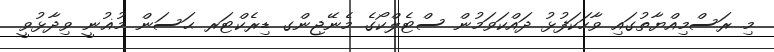
މި ރަސްމިއްޔާތުގައި ވާހަކަފުޅު ދައްކަވަމުން ސްޓެލްކޯގެ މެނޭޖިންގ ޑިރެކްޓަރ ޙަސަން މުޣުނީ ވިދާޅުވީ